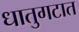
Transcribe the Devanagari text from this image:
धातुगटात